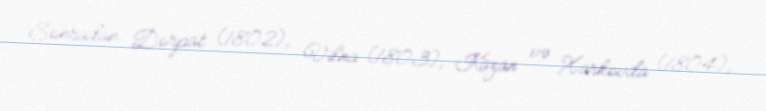
Sonradan Dorpat (1802), Vilna (1803), Kazan və Xarkovda (1804),